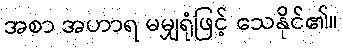
အစာ အဟာရ မမျှရုံဖြင့် သေနိုင်၏။